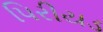
પિરીયડ